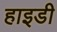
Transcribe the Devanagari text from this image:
हाइडी